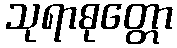
သုရာဓုတ္တော